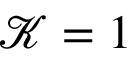
\mathcal { K } = 1